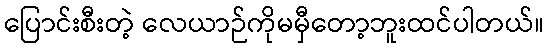
ပြောင်းစီးတဲ့ လေယာဉ်ကိုမမှီတော့ဘူးထင်ပါတယ်။